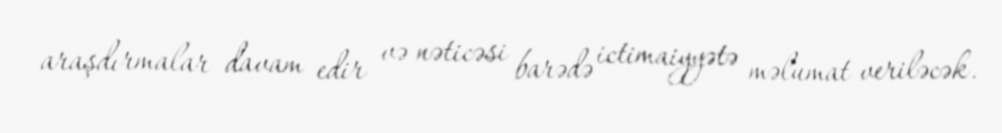
araşdırmalar davam edir və nəticəsi barədə ictimaiyyətə məlumat veriləcək.